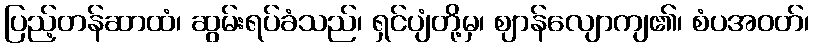
ပြည့်တန်ဆာထံ၊ ဆွမ်းရပ်ခံသည်၊ ရှင်ပျံတို့မှ၊ ဈာန်လျောကျ၏၊ စံပအဝတ်၊